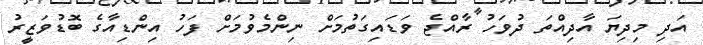
އަދި މިދިޔަ އާދިއްތަ ދުވަހު ރާއްޖެ ވަޑައިގަތުމަށް ނިންމެވުމަށް ފަހު އިންޑިއާގެ ބޮޑުވަޒީރު